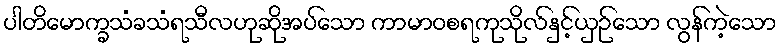
ပါတိမောက္ခသံခသံရသီလဟုဆိုအပ်သော ကာမာဝစရကုသိုလ်နှင့်ယှဉ်သော လွန်ကဲ့သော